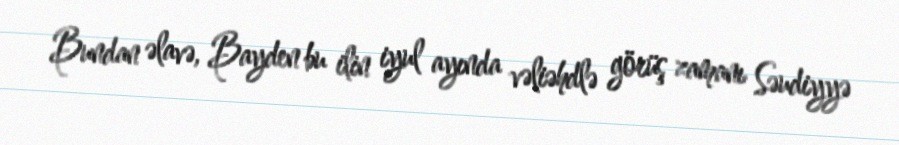
Bundan əlavə, Bayden bu ilin iyul ayında vəliəhdlə görüş zamanı Səudiyyə